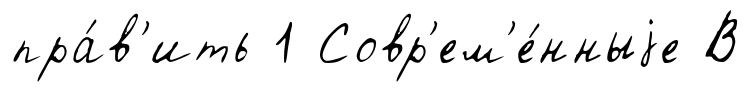
пра́в'ить 1 Совр'ем'е́нныjе В